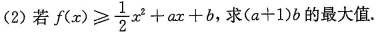
(2)若$$f ( x ) ≥ \frac { 1 } { 2 } x ^ { 2 } + a x + b$$，求$$( a + 1 ) b$$的最大值.